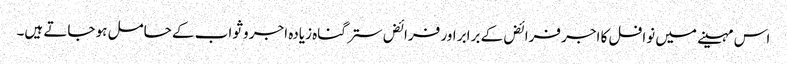
اس مہینے میں نوافل کا اجر فرائض کے برابر اور فرائض ستر گناہ زیادہ اجر و ثواب کے حامل ہو جاتے ہیں۔